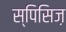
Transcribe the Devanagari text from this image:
स्पिसिज़